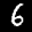
Label: 6